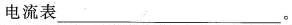
电流表___。